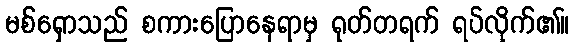
မစ်ရှောသည် စကားပြောနေရာမှ ရုတ်တရက် ရပ်လိုက်၏။